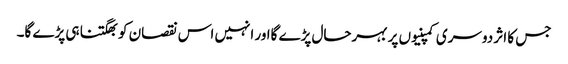
جس کا اثر دوسری کمپنیوں پر بہرحال پڑے گااور انہیں اس نقصان کو بھگتنا ہی پڑے گا۔